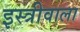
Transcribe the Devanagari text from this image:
इस्त्रीवाला